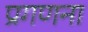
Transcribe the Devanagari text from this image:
प्रगणना